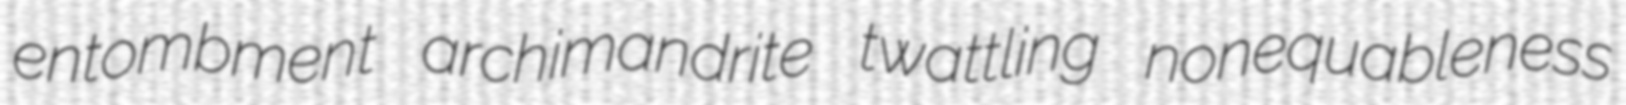
entombment archimandrite twattling nonequableness